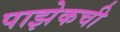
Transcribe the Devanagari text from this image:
पाझेकची